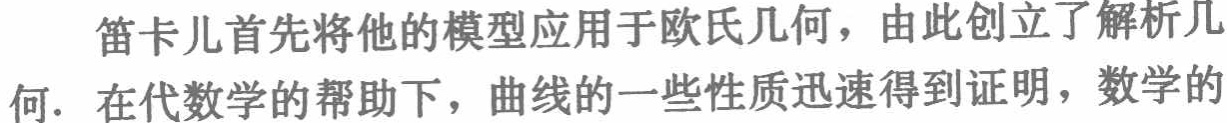
笛卡儿首先将他的模型应用于欧氏几何，由此创立了解析几何. 在代数学的帮助下，曲线的一些性质迅速得到证明，数学的